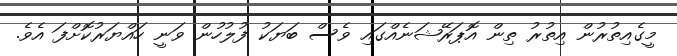
މީގެއިތުރުން އިތުރު ތިން އޮޕަރޭޝަނެއްގައި ވެސް ބަޔަކު ފުލުހުން ވަނީ ހައްޔަރުކޮށްފަ އެވެ.